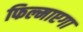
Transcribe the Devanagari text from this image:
फिल्माएगा